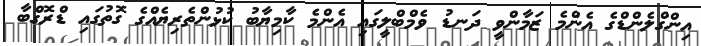
އިންގްލެންޑްގެ އެންމެ ޒަމާންވީ ދަނޑު ވެމްބްލީގައި އެންމެ ކާމިޔާބު ކުޅުންތެރިޔެއްގެ ގޮތުގައި ޑްރޮގްބާ